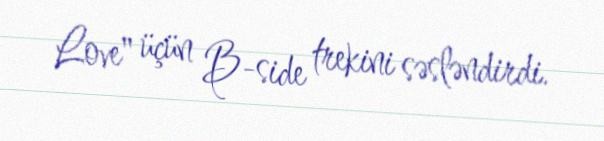
Love" üçün B-side trekini səsləndirdi.